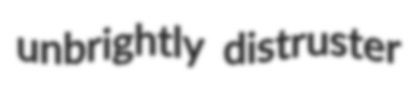
unbrightly distruster